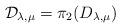
LaTeX: \begin{align*}{\mathcal D}_{\lambda,\mu}=\pi_2(D_{\lambda,\mu})\end{align*}